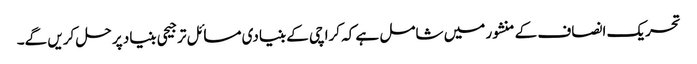
تحریک انصاف کے منشور میں شامل ہے کہ کراچی کے بنیادی مسائل ترجیحی بنیاد پر حل کریں گے۔